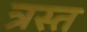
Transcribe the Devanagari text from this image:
त्रस्‍त